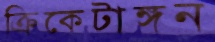
ক্রিকেটাঙ্গন